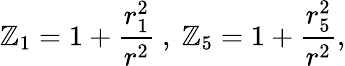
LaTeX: \mathbb{Z}_{1}=1+\frac{{r_{1}^{2}}}{{r^{2}}}\ ,\ \mathbb{Z}_{5}=1+\frac{{r_{5}^{2}}}{{r^{2}}},